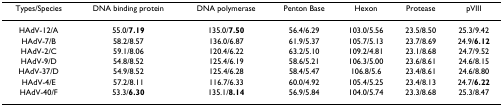
| Types/Species | DNA binding protein | DNA polymerase | Penton Base | Hexon | Protease | pVIII |
 | --- | --- | --- | --- | --- | --- | --- |
 | HAdV-12/A | 55.0/7.19 | 135.0/7.50 | 56.4/6.29 | 103.0/5.56 | 23.5/8.50 | 25.3/9.42 |
 | HAdV-7/B | 58.2/8.57 | 136.0/6.87 | 61.9/5.37 | 105.7/5.13 | 23.7/8.69 | 24.9/6.12 |
 | HAdV-2/C | 59.1/8.06 | 120.4/6.22 | 63.2/5.10 | 109.2/4.81 | 23.1/8.68 | 24.7/9.52 |
 | HAdV-9/D | 54.8/8.52 | 125.4/6.19 | 58.6/5.21 | 106.3/5.00 | 23.6/8.61 | 24.6/8.15 |
 | HAdV-37/D | 54.9/8.52 | 125.4/6.28 | 58.4/5.47 | 106.8/5.6 | 23.4/8.61 | 24.6/8.80 |
 | HAdV-4/E | 57.2/8.11 | 116.7/6.33 | 60.0/4.92 | 105.4/5.25 | 23.4/8.13 | 24.7/6.22 |
 | HAdV-40/F | 53.3/6.30 | 135.1/8.14 | 56.9/5.84 | 104.0/5.74 | 23.3/8.68 | 25.3/8.47 |